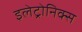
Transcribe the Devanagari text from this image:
इलेट्रोनिक्स